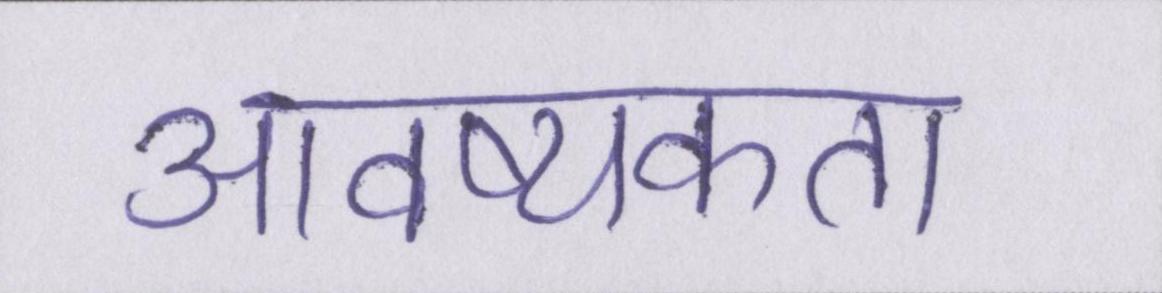
आवष्यकता